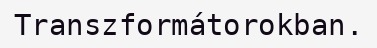
Transzformátorokban.